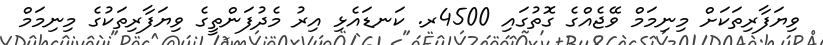
ވިޔަފާރިތަކަށް މިނިމަމް ވޭޖެއްގެ ގޮތުގައި 4500ރ. ކަނޑައެޅި އިރު މެދުފަންތީގެ ވިޔަފާރިތަކުގެ މިނިމަމް